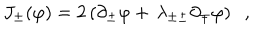
J _ { \pm } ( \varphi ) = 2 \left( \partial _ { \pm } \varphi + \, \lambda _ { \pm \pm } \partial _ { \mp } \varphi \right) \; \; ,